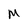
Character: M